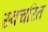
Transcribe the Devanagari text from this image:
स्वचरित